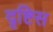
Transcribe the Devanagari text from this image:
दृष्टिस